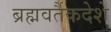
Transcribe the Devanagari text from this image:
ब्रह्मवर्तैकदेशे